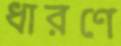
ধারণে